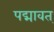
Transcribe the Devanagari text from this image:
पद्मावत्